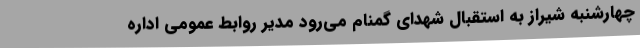
چهارشنبه شیراز به استقبال شهدای گمنام می‌رود مدیر روابط عمومی اداره